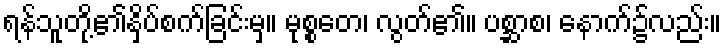
ရန်သူတို့၏နှိပ်စက်ခြင်းမှ။ မုစ္စတေ၊ လွတ်၏။ ပစ္ဆာစ၊ နောက်၌လည်း။